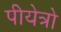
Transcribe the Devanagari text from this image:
पीयेत्रो